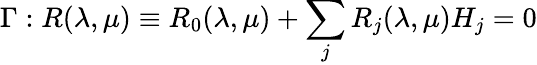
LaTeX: \Gamma:R(\lambda,\mu)\equiv R_{0}(\lambda,\mu)+\sum_{j}R_{j}(\lambda,\mu)H_{j}=0